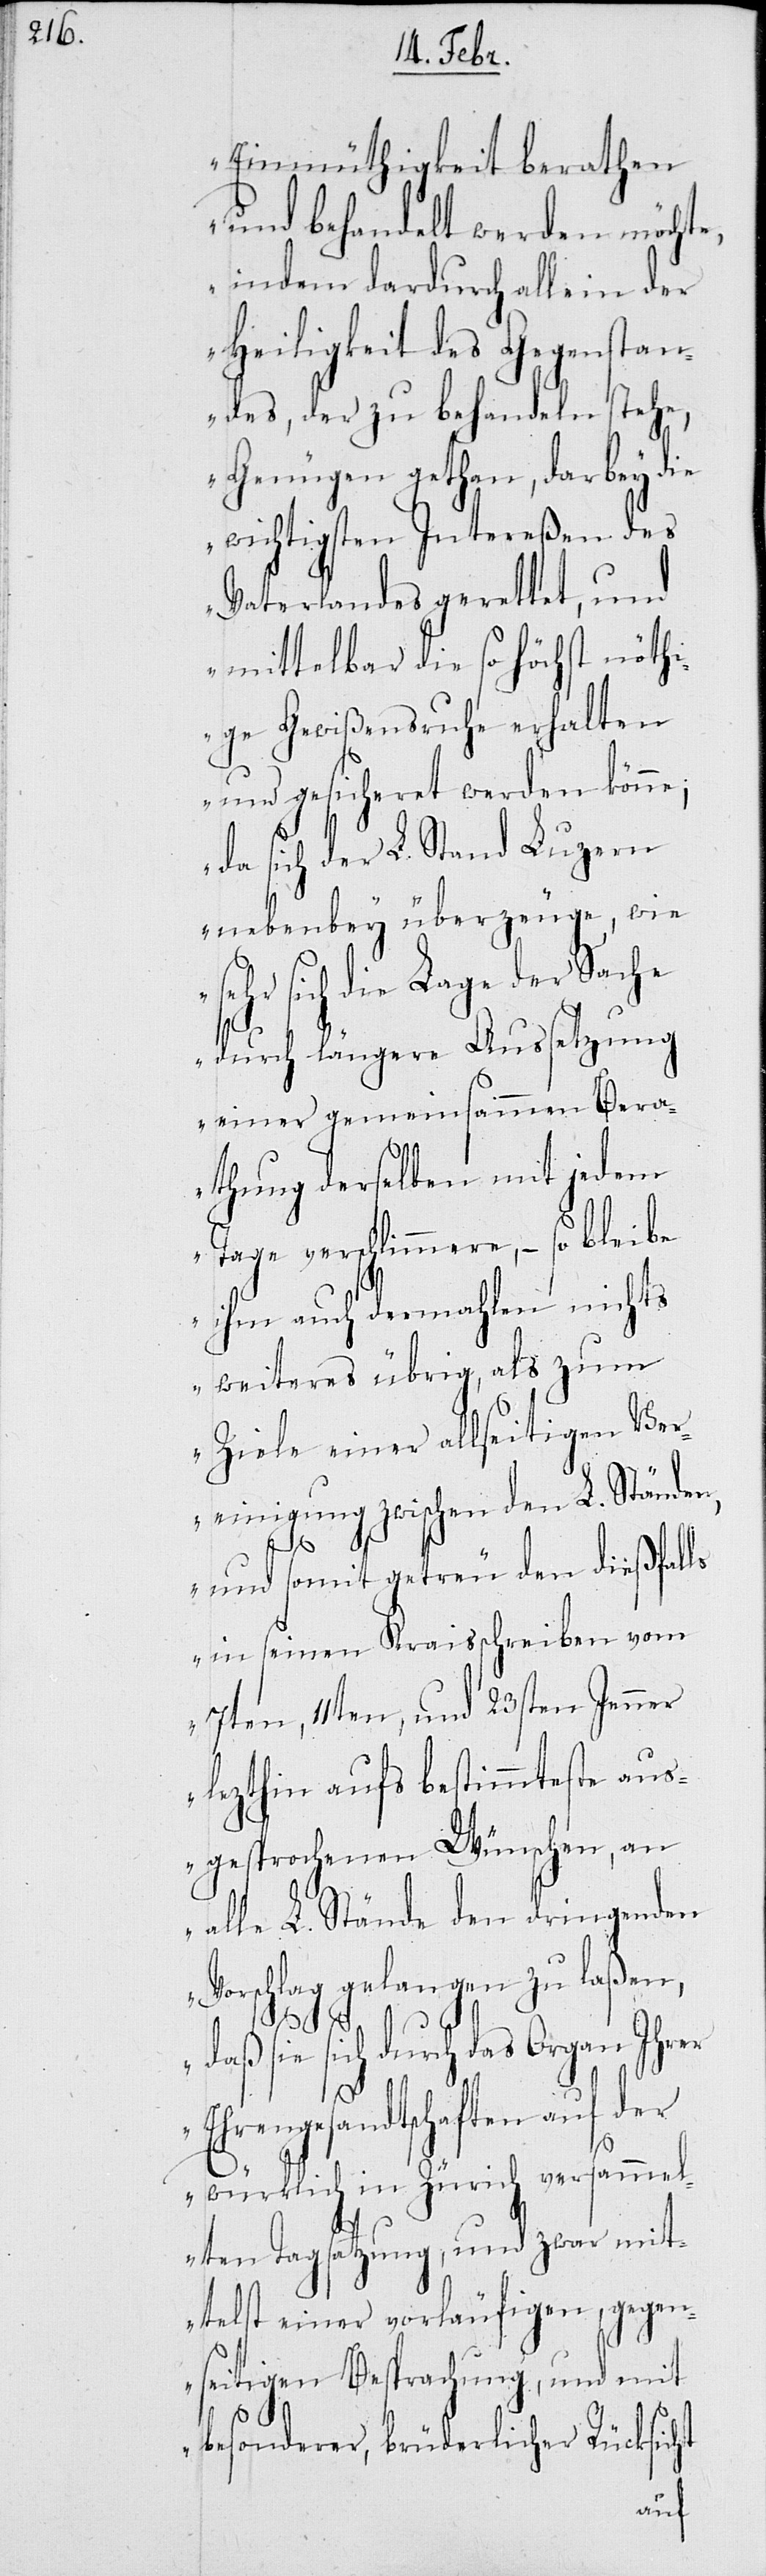
Einmüthigkeit berathen
und behandelt werden möchte,
indem dadurch allein der
Heiligkeit des Gegenstan¬
des, der zu behandeln stehe,
Genügen gethan, darbey die
wichtigsten Intereßen des
Vaterlandes gerettet, und
mittelbar die so höchst nöthi¬
ge Gewißensruhe erhalten
und gesicheret werden könne;
da sich der L. Stand Luzern
nebenbey überzeuge, wie
sehr sich die Lage der Sache
durch längere Aussetzung
einer gemeinsammen Bera¬
thung derselben mit jedem
Tage verschlimmere, – so bleibe
ihm auch dermahlen nichts
weiteres übrig, als zum
Ziele einer allseitigen Ver¬
einigung zwischen den L. Ständen,
und somit getreu den dießfalls
in seinen Kraisschreiben vom
7ten, 11ten und 23ten Jenner
lezthin aufs bestimmteste aus¬
gesprochenen Wünschen, an
alle L. Stände den dringenden
Vorschlag gelangen
ar mi¬
daß sie sich durch das Or¬
Ehrengesandtschaften
würklich in Zür¬
elten Tagsatzung, und zw¬
ttelst einer vorläufigen, gegen¬
seitigen Besprachung, und mit
besonderer, brüderlicher Rücksi¬

cht